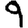
Digit: 9